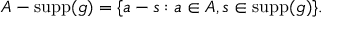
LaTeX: A - \operatorname { s u p p } ( g ) = \{ a - s : a \in A , s \in \operatorname { s u p p } ( g ) \} .